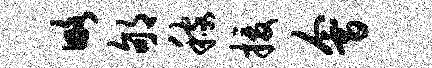
略郇稼援会